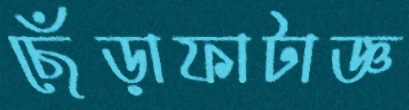
ছেঁড়াফাটাজ্ঞ